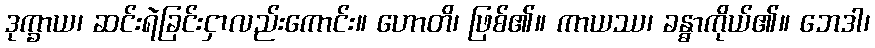
ဒုက္ခာယ၊ ဆင်းရဲခြင်းငှာလည်းကောင်း။ ဟောတိ၊ ဖြစ်၏။ ကာယဿ၊ ခန္ဓာကိုယ်၏။ ဘေဒါ၊